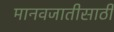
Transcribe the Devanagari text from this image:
मानवजातीसाठी